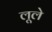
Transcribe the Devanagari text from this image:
लूले